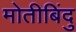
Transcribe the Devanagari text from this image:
मोतीबिंदु